Report on vaccination in Madras 1895-1903 - 1895-1903
Year: 1895
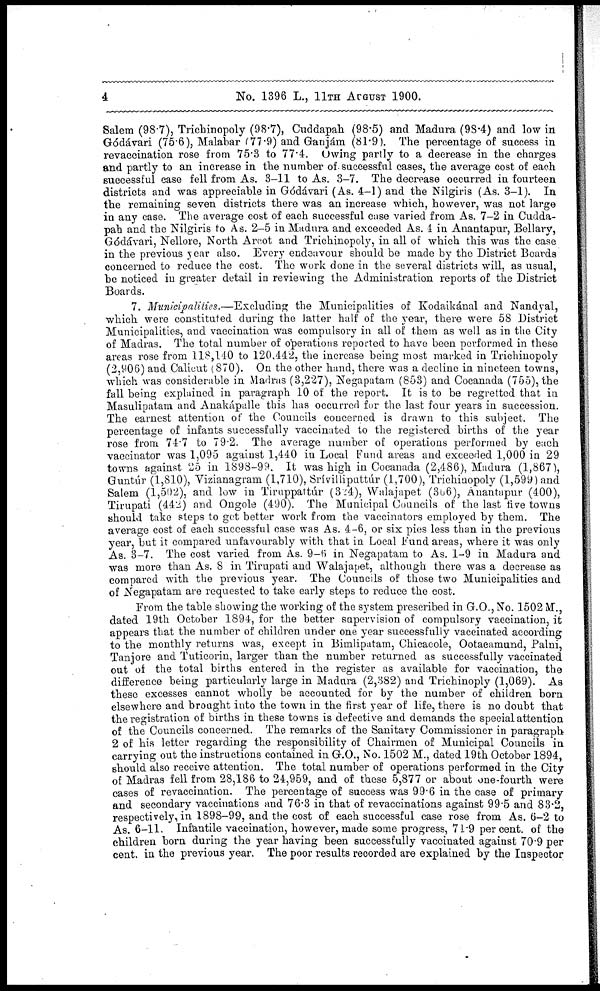
4
No. 1396 L., 11TH AUGUST 1900.
Salem (98.7), Trichinopoly (98.7), Cuddapah (98.5) and Madura (98.4) and low in
Gódávari (75.6), Malabar (77.9) and Ganjám (81.9). The percentage of success in
re vaccination rose from 75.3 to 77.4. Owing partly to a decrease in the charges
and partly to an increase in the number of successful cases, the average cost of each
successful case fell from As. 3-11 to As. 3-7. The decrease occurred in fourteen
districts and was appreciable in Gódávari (As. 4-1) and the Nilgiris (As. 3-1). In
the remaining seven districts there was an increase which, however, was not large
in any case. The average cost of each successful case varied from As. 7-2 in Cudda-
pah and the Nilgiris to As. 2-5 in Madura and exceeded As. 4 in Anantapur, Bellary,
Gódávari, Nellore, North Arcot and Trichinopoly, in all of which this was the case
in the previous year also. Every endeavour should be made by the District Boards
concerned to reduce the cost. The work done in the several districts will, as usual,
be noticed in greater detail in reviewing the Administration reports of the District
Boards.
7. Municipalities.—Excluding the Municipalities of Kodaikánal and Nandyal,
which were constituted during the latter half of the year, there were 58 District
Municipalities, and vaccination was compulsory in all of them as well as in the City
of Madras. The total number of operations reported to have been performed in these
areas rose from 118,140 to 120,442, the increase being most marked in Trichinopoly
(2,906) and Calicut (870). On the other hand, there was a decline in nineteen towns,
which was considerable in Madras (3,227), Negapatam (853) and Cocanada (755), the
fall being explained in paragraph 10 of the report. It is to be regretted that in
Masulipatam and Anakápalle this has occurred for the last four years in succession.
The earnest attention of the Councils concerned is drawn to this subject. The
percentage of infants successfully vaccinated to the registered births of the year
rose from 74.7 to 79.2. The average number of operations performed by each
vaccinator was 1,095 against 1,440 in Local Fund areas and exceeded 1,000 in 29
towns against 25 in 1898-99. It was high in Cocanada (2,486), Madura (1,867),
Guntúr (1,810), Vizianagram (1,710), Srívilliputtúr (1,700), Trichinopoly (1,599) and
Salem (1,502), and low in Tiruppattúr (324), Walajapet (366), Anantapur (400),
Tirupati (442) and Ongole (490). The Municipal Councils of the last five towns
should take steps to get better work from the vaccinators employed by them. The
average cost of each successful case was As. 4-6, or six pies less than in the previous
year, but it compared unfavourably with that in Local Fund areas, where it was only
As. 3-7. The cost varied from As. 9-6 in Negapatam to As. 1-9 in Madura and
was more than As. 8 in Tirupati and Walajapet, although there was a decrease as
compared with the previous year. The Councils of these two Municipalities and
of Negapatam are requested to take early steps to reduce the cost.
From the table showing the working of the system prescribed in G.O., No. 1502 M.,
dated 19th October 1894, for the better supervision of compulsory vaccination, it
appears that the number of children under one year successfully vaccinated according
to the monthly returns was, except in Bimlipatam, Chicacole, Ootacamund, Palni,
Tanjore and Tuticorin, larger than the number returned as successfully vaccinated
out of the total births entered in the register as available for vaccination, the
difference being particularly large in Madura (2,382) and Trichinoply (1,069). As
these excesses cannot wholly be accounted for by the number of children born
elsewhere and brought into the town in the first year of life, there is no doubt that
the registration of births in these towns is defective and demands the special attention
of the Councils concerned. The remarks of the Sanitary Commissioner in paragraph
2 of his letter regarding the responsibility of Chairmen of Municipal Councils in
carrying out the instructions contained in G.O., No. 1502 M., dated 19th October 1894,
should also receive attention. The total number of operations performed in the City
of Madras fell from 28,186 to 24,959, and of these 5,877 or about one-fourth were
cases of revaccination. The percentage of success was 99.6 in the case of primary
and secondary vaccinations and 76.3 in that of revaccinations against 99.5 and 83.2,
respectively, in .1898-99, and the cost of each successful case rose from As. 6-2 to
As. 6-11. Infantile vaccination, however,made some progress, 71.9 per cent. of the
children born during the year having been successfully vaccinated against 70.9 per
cent. in the previous year. The poor results recorded are explained by the Inspector